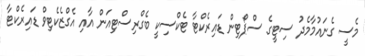
މެސީ ގެނައުމާމެދު ސިޓީގެ ސްޕޯޓިން ޑައިރެކްޓާ ޓެކްސިކީ ބެގްރިސްޓިއަން އާއި އެގްޒެކެޓިވް ޑައިރެކްޓާ